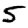
Digit: 5